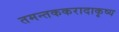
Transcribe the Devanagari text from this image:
तमन्तककरादाकृष्य